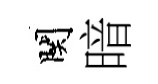
関暗